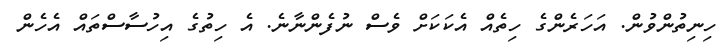
ހިނިތުންވުން. އަހަރެންގެ ހިތެއް އެކަކަށް ވެސް ނުފެންނާނެ. އެ ހިތުގެ އިހުސާސްތައް އެހެން